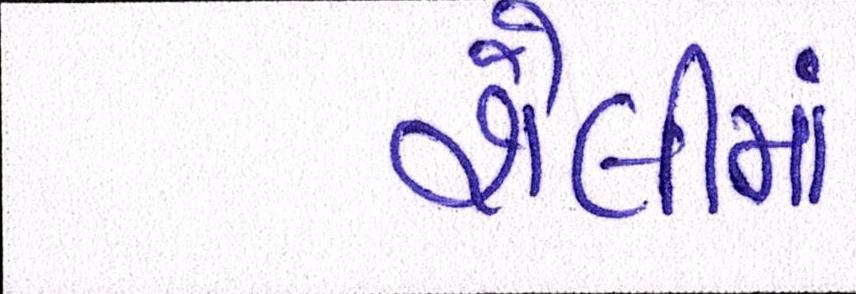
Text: શૈલીમાં